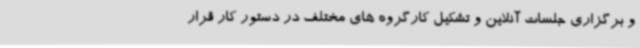
و برگزاری جلسات آنلاین و تشکیل کارگروه های مختلف در دستور کار قرار